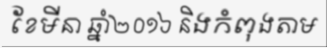
ខែមីនា ឆ្នាំ២០១៦ និងកំពុងតាម